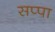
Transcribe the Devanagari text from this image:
सप्पा